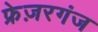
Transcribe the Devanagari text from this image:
फ्रेज़रगंज